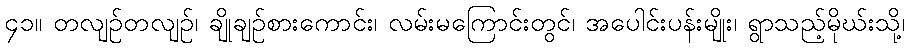
၄၁။ တလျဉ်တလျဉ်၊ ချိုချဉ်စားကောင်း၊ လမ်းမကြောင်းတွင်၊ အပေါင်းပန်းမျိုး၊ ရွာသည့်မိုဃ်းသို့၊